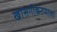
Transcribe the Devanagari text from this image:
खासगीकरणाला